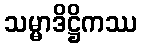
သမ္မာဒိဋ္ဌိကဿ